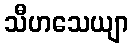
သီဟသေယျာ